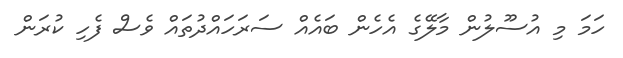
ހަމަ މި އުސޫލުން މާލޭގެ އެހެން ބައެއް ސަރަހައްދުތައް ވެސް ފެހި ކުރަން